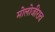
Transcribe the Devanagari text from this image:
मोलोजीराव